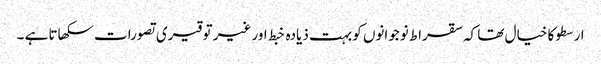
ارسطو کا خیال تھا کہ سقراط نوجوانوں کو بہت ذیادہ خبط اور غیر توقیری تصورات سکھاتا ہے ۔